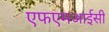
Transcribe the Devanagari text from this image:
एफएमआईसी